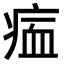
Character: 𤶰